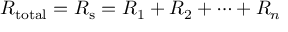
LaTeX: R _ { \mathrm { t o t a l } } = R _ { \mathrm { s } } = R _ { 1 } + R _ { 2 } + \cdots + R _ { n }